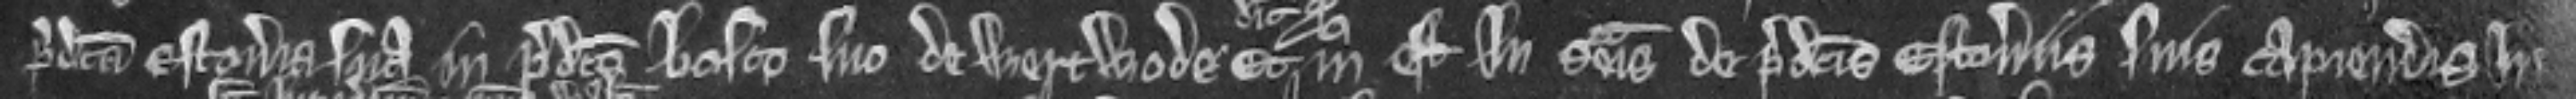
predicta estoveria sua in predicto bosco suo de Wercwode modo est in seisina de predictis estoveriis suis capiendis in